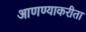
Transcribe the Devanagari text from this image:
आणण्याकरीता